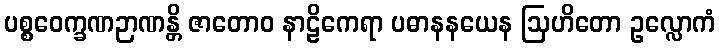
ပစ္စဝေက္ခဏဉာဏန္တိ ဇာတောဝ နာဠိကေရာ ပဓာနနယေန ဩဟိတော ဥလ္လောကံ